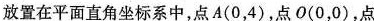
放置在平面直角坐标系中，点A(0，4)，点O(0，0)，点